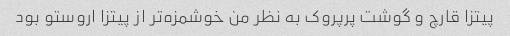
پیتزا قارچ و گوشت پرپروک به نظر من خوشمزه‌تر از پیتزا اروستو بود